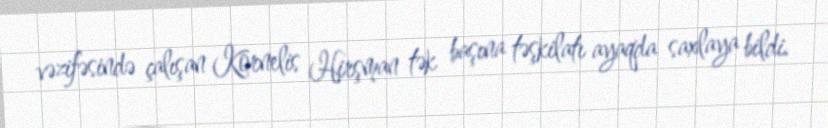
vəzifəsində çalışan Kornelis Hirşman tək başına təşkilatı ayaqda saxlaya bildi.